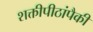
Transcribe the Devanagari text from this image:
शक्तीपीठांपैकी